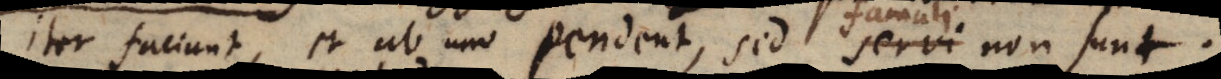
iter faciunt, et ab uno pendent, sed servi non sunt.